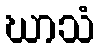
ဃာသံ